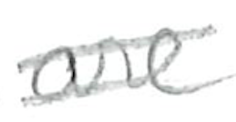
Text: are
Cross-out: double-line
Writing tool: pencil